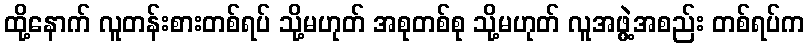
ထို့နောက် လူတန်းစားတစ်ရပ် သို့မဟုတ် အစုတစ်စု သို့မဟုတ် လူအဖွဲ့အစည်း တစ်ရပ်က